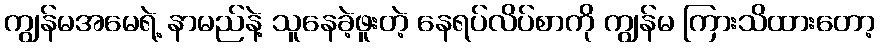
ကျွန်မအမေရဲ့ နာမည်နဲ့ သူနေခဲ့ဖူးတဲ့ နေရပ်လိပ်စာကို ကျွန်မ ကြားသိထားတော့